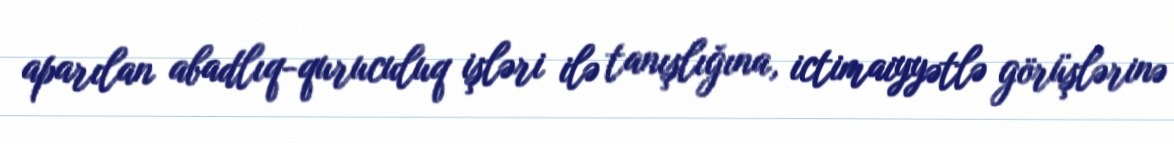
aparılan abadlıq-quruculuq işləri ilə tanışlığına, ictimaiyyətlə görüşlərinə